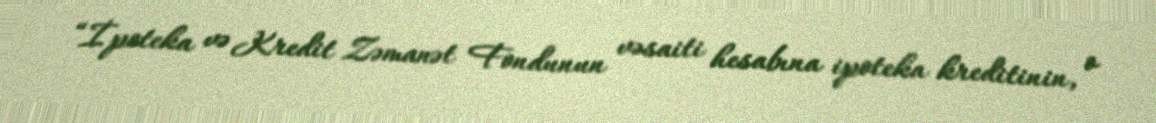
“İpoteka və Kredit Zəmanət Fondunun vəsaiti hesabına ipoteka kreditinin, o